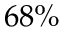
6 8 \%